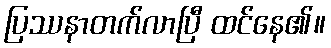
ပြဿနာတက်လာပြီ ထင်နေ၏။